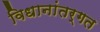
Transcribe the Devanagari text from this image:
विधानांतर्गत